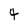
Character: 4